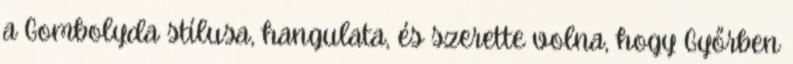
a Gombolyda stílusa, hangulata, és szerette volna, hogy Győrben